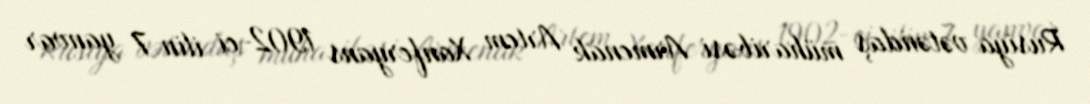
Rusiya vətəndaş müharibəsi Armenak Artem Xanferyans 1902-ci ilin 7 yanvar